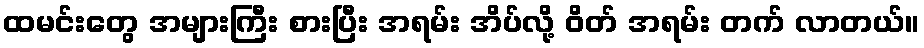
ထမင်းတွေ အများကြီး စားပြီး အရမ်း အိပ်လို့ ဝိတ် အရမ်း တက် လာတယ်။